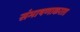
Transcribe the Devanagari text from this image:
संभाषणाकरता